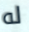
له